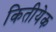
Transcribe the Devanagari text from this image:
कितीयेक